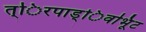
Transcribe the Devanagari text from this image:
त्िरपाड्िवभूिट